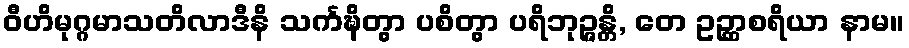
ဝီဟိမုဂ္ဂမာသတိလာဒီနိ သင်္ကဍ္ဎိတွာ ပစိတွာ ပရိဘုဉ္ဇန္တိ, တေ ဥဉ္ဆာစရိယာ နာမ။